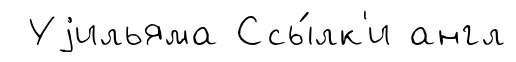
Уjильяма Ссы́лк'и англ